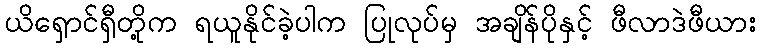
ယိရှောင်ရှီတို့က ရယူနိုင်ခဲ့ပါက ပြုလုပ်မှ အချိန်ပိုနှင့် ဖီလာဒဲဖီယား